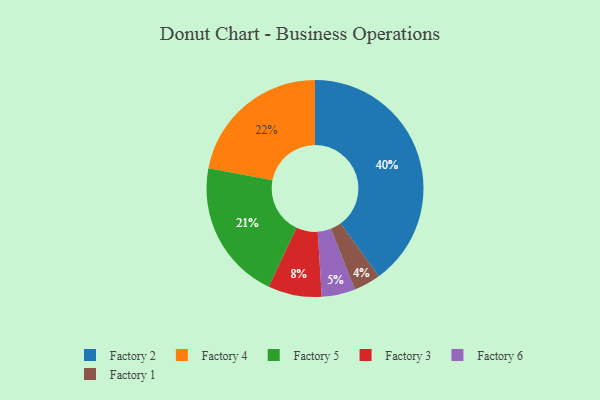
{"axis": {"x": "Category", "y": "Percentage"}, "legend": ["Factory 1", "Factory 2", "Factory 3", "Factory 4", "Factory 5", "Factory 6"], "data": [{"x": "Factory 2", "y": 40, "type": "Factory 2"}, {"x": "Factory 4", "y": 22, "type": "Factory 4"}, {"x": "Factory 5", "y": 21, "type": "Factory 5"}, {"x": "Factory 6", "y": 5, "type": "Factory 6"}, {"x": "Factory 3", "y": 8, "type": "Factory 3"}, {"x": "Factory 1", "y": 4, "type": "Factory 1"}]}